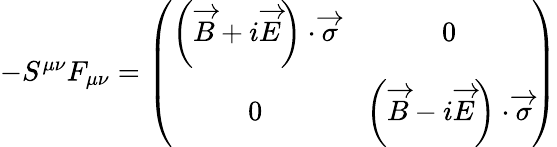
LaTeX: \begin{array}{r}{-S^{\mu\nu}F_{\mu\nu}=\left(\begin{array}{cc}{\left(\overrightarrow{B}+i\overrightarrow{E}\right)\cdot\overrightarrow{\sigma}}&{0}\\ {0}&{\left(\overrightarrow{B}-i\overrightarrow{E}\right)\cdot\overrightarrow{\sigma}}\end{array}\right)}\end{array}